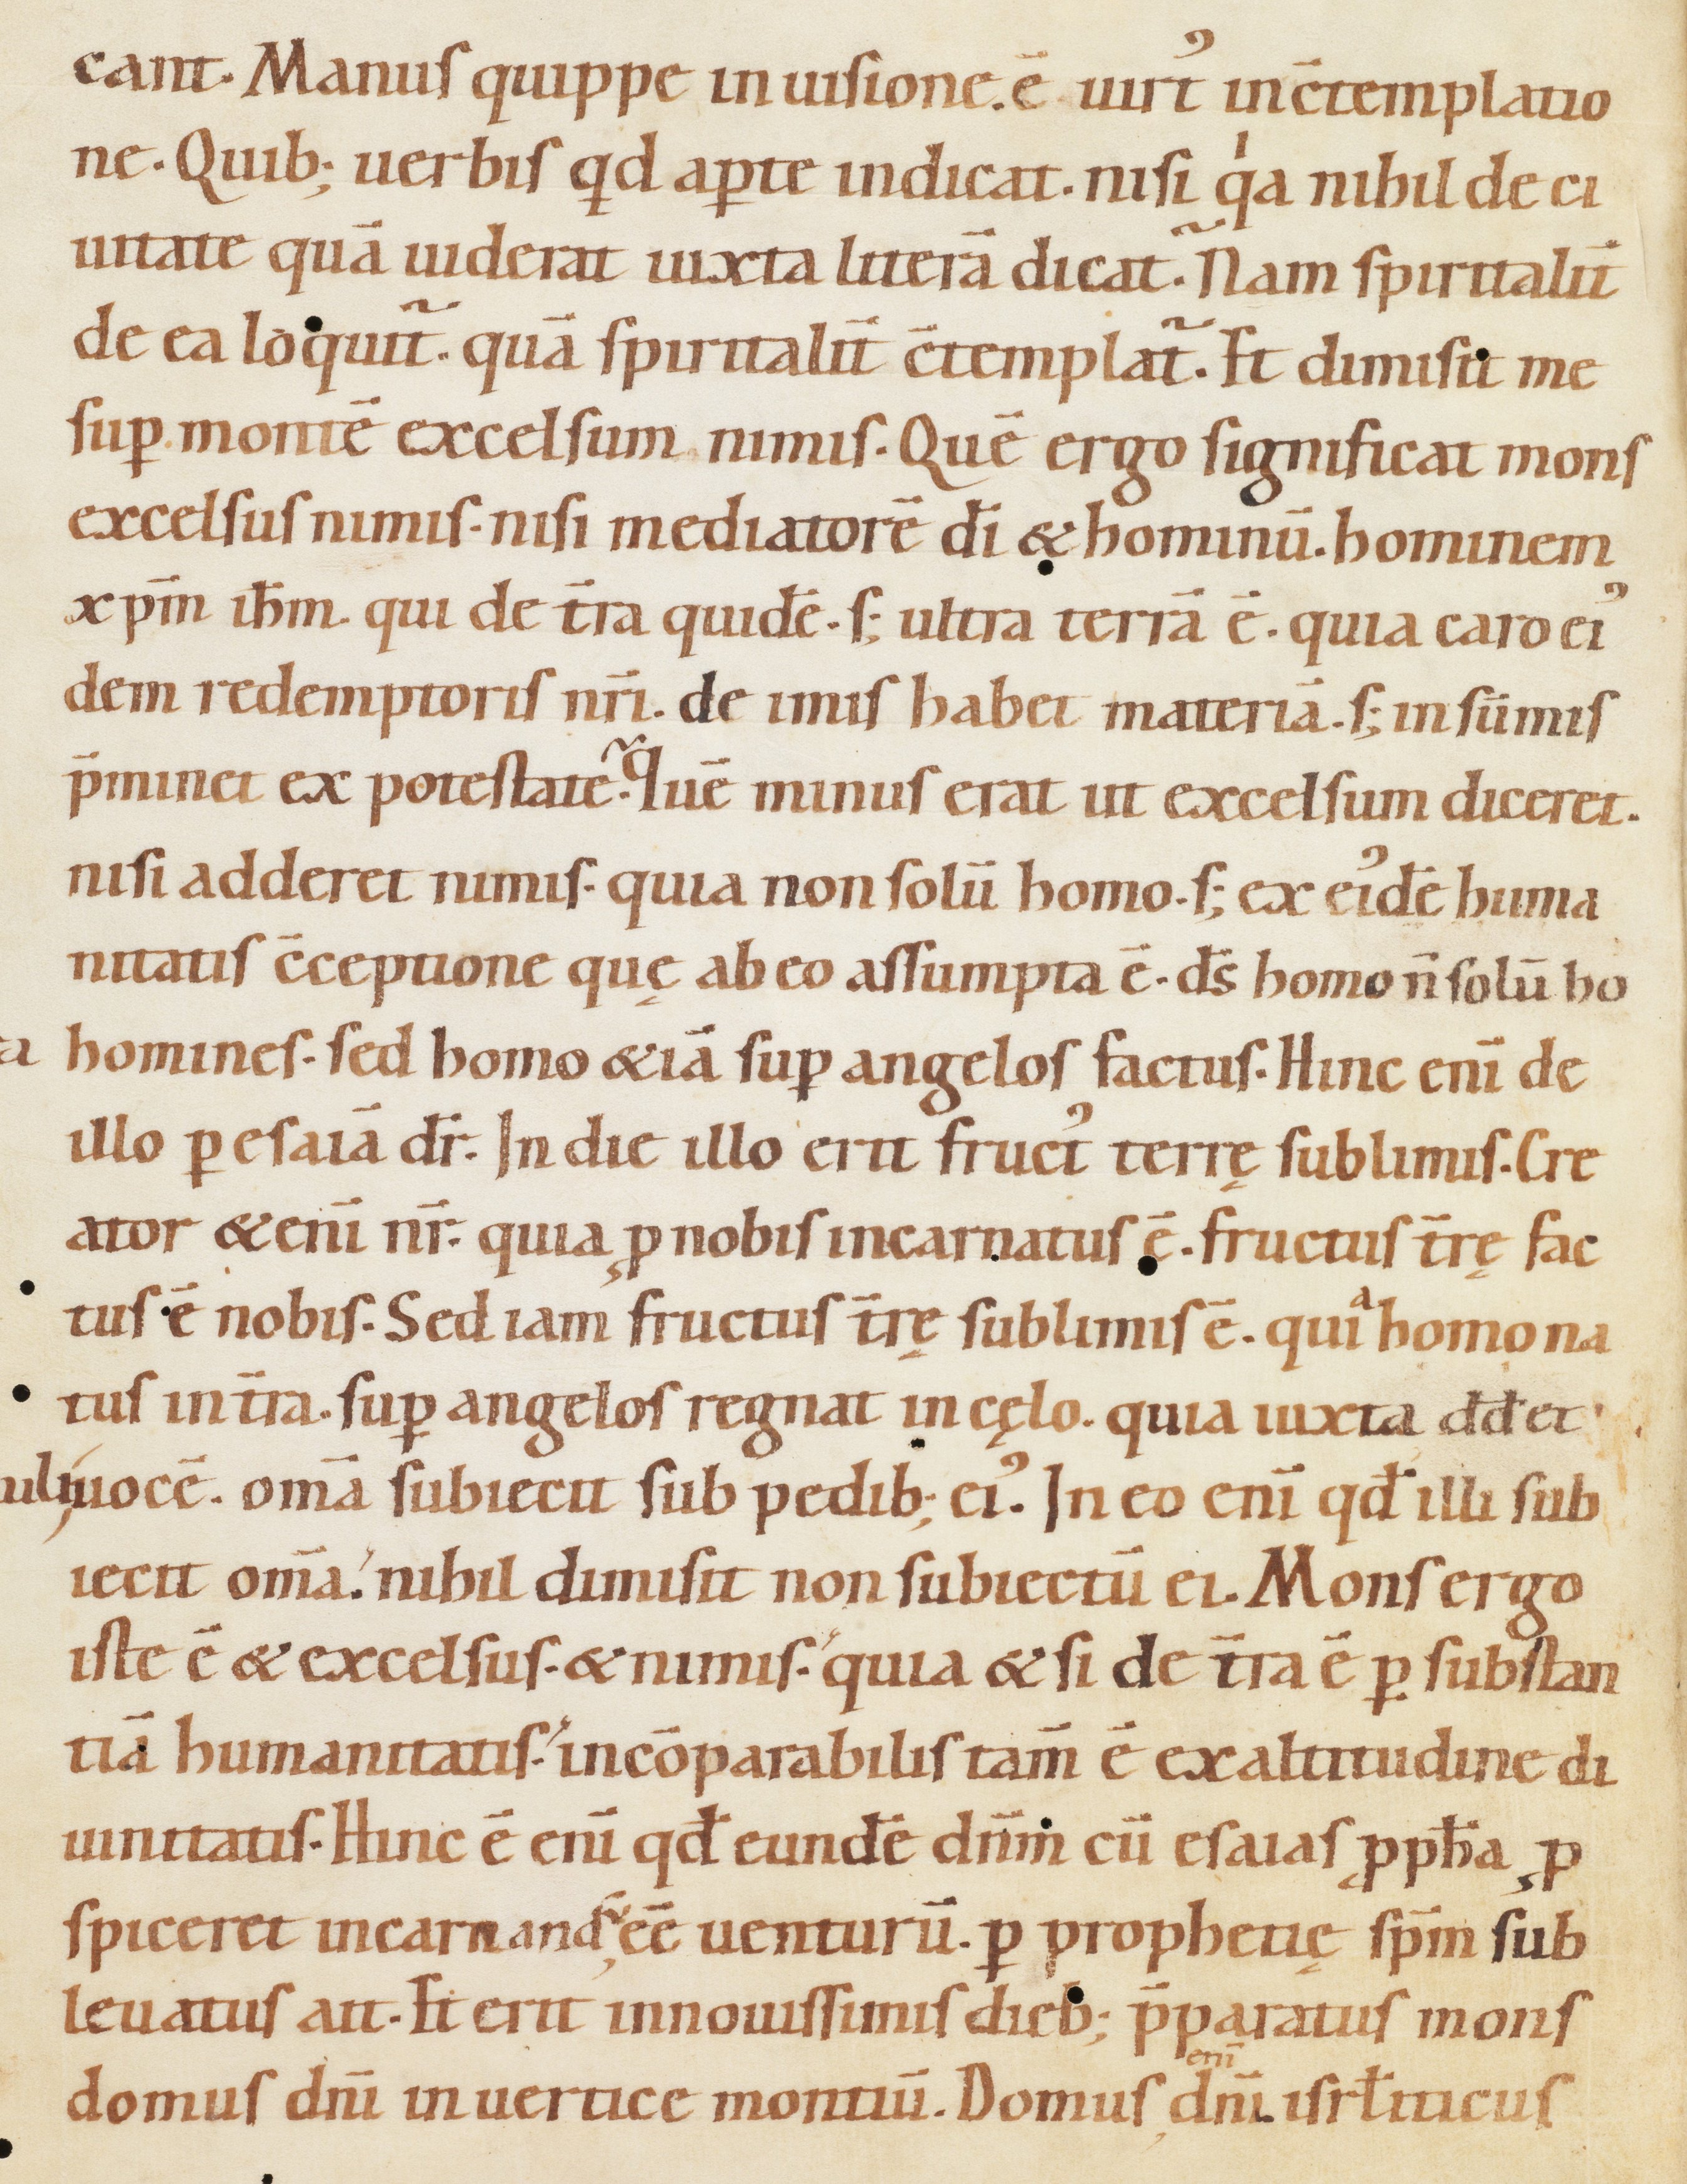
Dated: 1080–1096